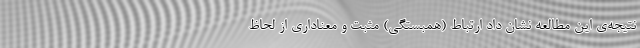
نتیجه‌ی این مطالعه نشان داد ارتباط (همبستگی) مثبت و معناداری از لحاظ